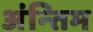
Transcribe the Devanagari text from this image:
अंन्‍तिम